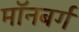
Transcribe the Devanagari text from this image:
मॉनबर्ग